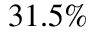
3 1 . 5 \%